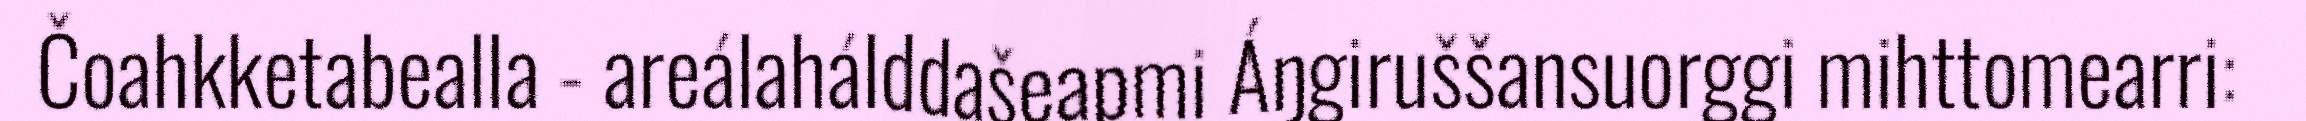
Čoahkketabealla - areálahálddašeapmi Áŋgiruššansuorggi mihttomearri: